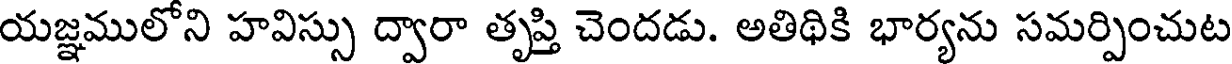
యజ్ఞములోని హవిస్సు ద్వారా తృప్తి చెందడు. అతిథికి భార్యను సమర్పించుట